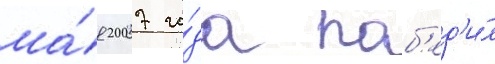
ма́я 2007 го́да поб'ед'и́л